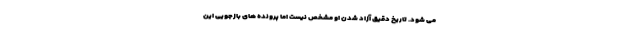
می شود. تاریخ دقیق آزاد شدن او مشخص نیست اما پرونده های بازجویی این